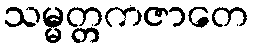
သမ္မတ္တကဇာတေ